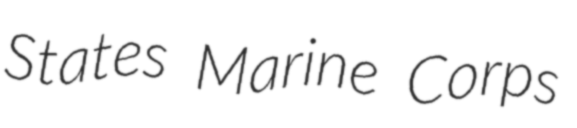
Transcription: States Marine Corps